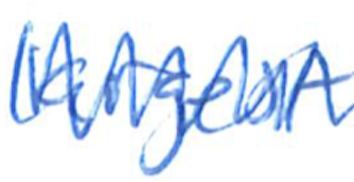
Text: largest
Cross-out: mix
Writing tool: ballpoint